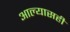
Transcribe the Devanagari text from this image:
आल्यासही